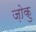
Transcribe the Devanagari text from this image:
ज़ोकु